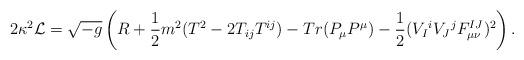
LaTeX: \begin{align*}2\kappa^2 {\cal L} = \sqrt{-g} \left( R + {1\over 2} m^2 (T^2 - 2T_{ij}T^{ij}) -Tr(P_{\mu} P^{\mu}) - {1\over 2} (V_I{}^i V_J{}^j F_{\mu \nu}^{IJ})^2 \right) . \end{align*}